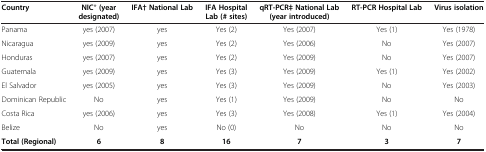
| Country | NIC* (year designated) | IFA† National Lab | IFA Hospital Lab (# sites) | qRT-PCR‡ National Lab (year introduced) | RT-PCR Hospital Lab | Virus isolation |
 | --- | --- | --- | --- | --- | --- | --- |
 | Panama | yes (2007) | yes | Yes (2) | Yes (2007) | Yes (1) | Yes (1978) |
 | Nicaragua | yes (2009) | yes | Yes (2) | Yes (2006) | No | Yes (2007) |
 | Honduras | yes (2007) | yes | Yes (2) | Yes (2009) | No | Yes (2007) |
 | Guatemala | yes (2009) | yes | Yes (3) | Yes (2009) | Yes (1) | Yes (2002) |
 | El Salvador | yes (2005) | yes | Yes (3) | Yes (2009) | No | Yes (2003) |
 | Dominican Republic | No | yes | Yes (1) | Yes (2009) | No | No |
 | Costa Rica | yes (2006) | yes | Yes (3) | Yes (2008) | Yes (1) | Yes (2004) |
 | Belize | No | yes | No (0) | No | No | No |
 | Total (Regional) | 6 | 8 | 16 | 7 | 3 | 7 |